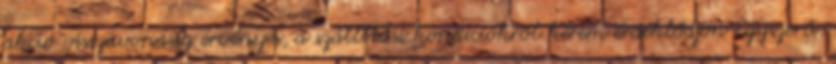
akció visszavonásig érvényes, a szállítási kondíciókról kérem érdeklődjön Egyszerű,